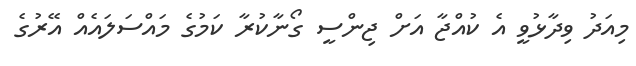
މިއަދު ވިދާޅުވީ އެ ކުއްޖާ އަށް ޖިންސީ ގޯނާކުރާ ކަމުގެ މައްސަލައެއް އޭރުގެ